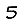
Digit: 5